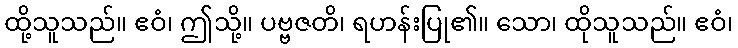
ထို့သူသည်။ ဧဝံ၊ ဤသို့။ ပဗ္ဗဇတိ၊ ရဟန်းပြု၏။ သော၊ ထိုသူသည်။ ဧဝံ၊